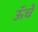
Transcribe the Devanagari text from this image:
ऊॅचे